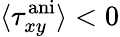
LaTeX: \langle\tau_{xy}^{\mathrm{ani}}\rangle<0